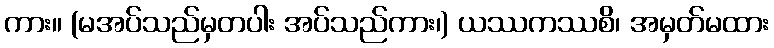
ကား။ (မအပ်သည်မှတပါး အပ်သည်ကား၊) ယဿကဿစိ၊ အမှတ်မထား